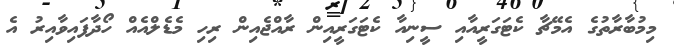
މިމުބާރާތުގެ އެމޭޗާ ކެޓަގަރީއާއި ސީނިއާ ކެޓަގަރީއިން ރާއްޖެއިން ރިހި މެޑެލްއެއް ހޯދާފައިވާއިރު އެ